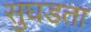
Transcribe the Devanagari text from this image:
सुघडता